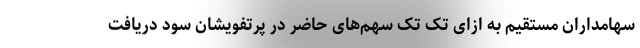
سهامداران مستقیم به ازای تک تک سهم‌های حاضر در پرتفویشان سود دریافت